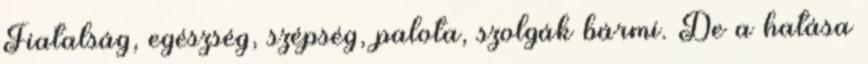
Fiatalság, egészség, szépség, palota, szolgák bármi. De a hatása